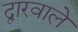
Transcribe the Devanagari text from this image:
द्वारवाले